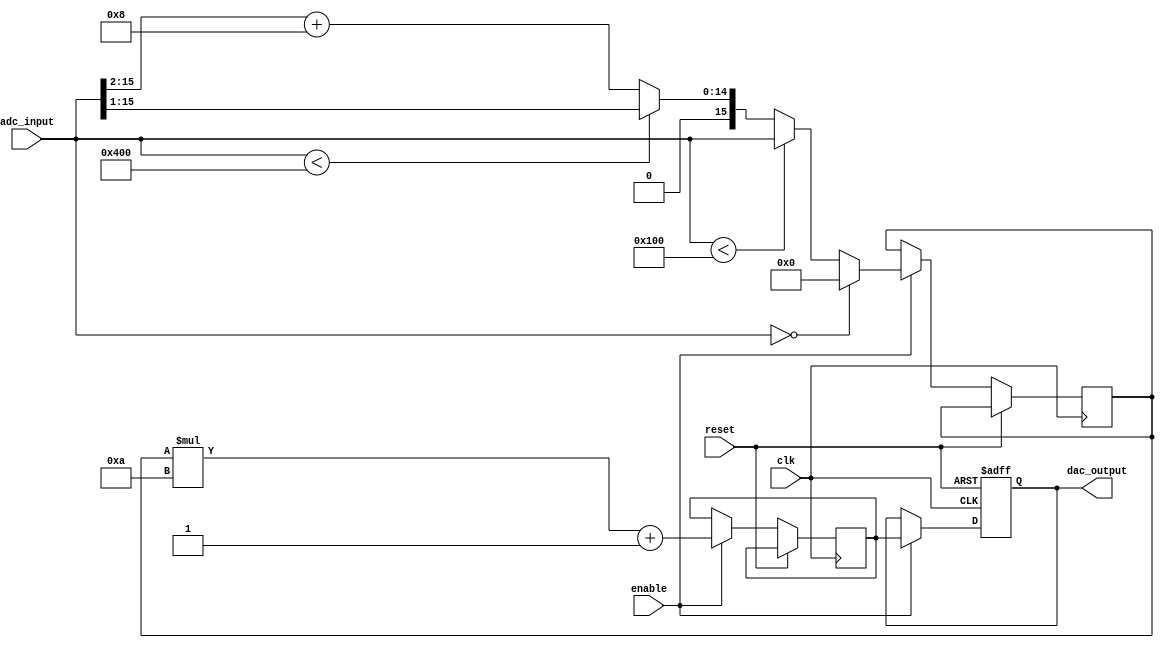
module LogarithmicAmplifier (
    input wire clk,              // Clock input
    input wire reset,            // Reset signal
    input wire [15:0] adc_input, // 16-bit ADC input signal
    input wire enable,           // Enable signal for the amplifier
    output reg [15:0] dac_output // 16-bit DAC output signal
);

// Parameters
parameter LOG_BASE = 16'h0A; // Base of logarithm (for scaling)
parameter OFFSET = 16'h0001;  // Offset for output adjustment

// Internal signals
reg [15:0] log_output;         // Logarithmic output signal
reg [15:0] scaled_output;      // Scaled output signal

// Simple logarithmic approximation using a look-up table (LUT)
function [15:0] log_approx;
    input [15:0] x;
    begin
        // Example implementation of a logarithmic approximation
        // This is a simple piecewise linear approximation for demonstration
        if (x == 0) begin
            log_approx = 16'h0000; // Log(0) is undefined, return 0
        end else if (x < 16'h0100) begin
            log_approx = x; // Linear approximation for small values
        end else if (x < 16'h0400) begin
            log_approx = x >> 1; // Approximation for medium values
        end else begin
            log_approx = (x >> 2) + 8; // Approximation for larger values
        end
    end
endfunction

// Main process
always @(posedge clk or posedge reset) begin
    if (reset) begin
        dac_output <= 16'h0000; // Reset output
    end else if (enable) begin
        // Perform logarithmic transformation
        log_output <= log_approx(adc_input);
        
        // Scaling and offset adjustment
        scaled_output <= (log_output * LOG_BASE) + OFFSET;
        
        // Output to DAC
        dac_output <= scaled_output;
    end
end

endmodule